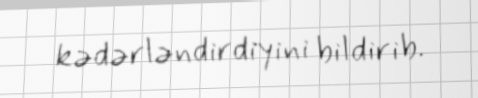
kədərləndirdiyini bildirib.